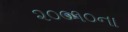
૨૦૦૧૦ના